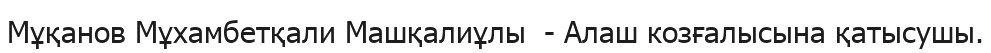
Мұқанов Мұхамбетқали Машқалиұлы  - Алаш козғалысына қатысушы.